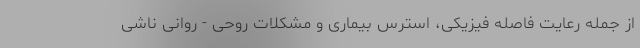
از جمله رعایت فاصله فیزیکی، استرس بیماری و مشکلات روحی - روانی ناشی